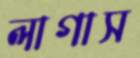
লাগাস